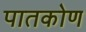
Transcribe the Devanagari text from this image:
पातकोण